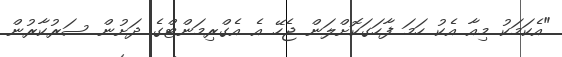
"އެކަމަކު މިއާ އެކު ހަމަ ފާހަގަކޮށްލަން ޖެހޭ އެ އެގްރިމަންޓްގެ ދަށުން ސަރުކާރުން